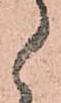
候